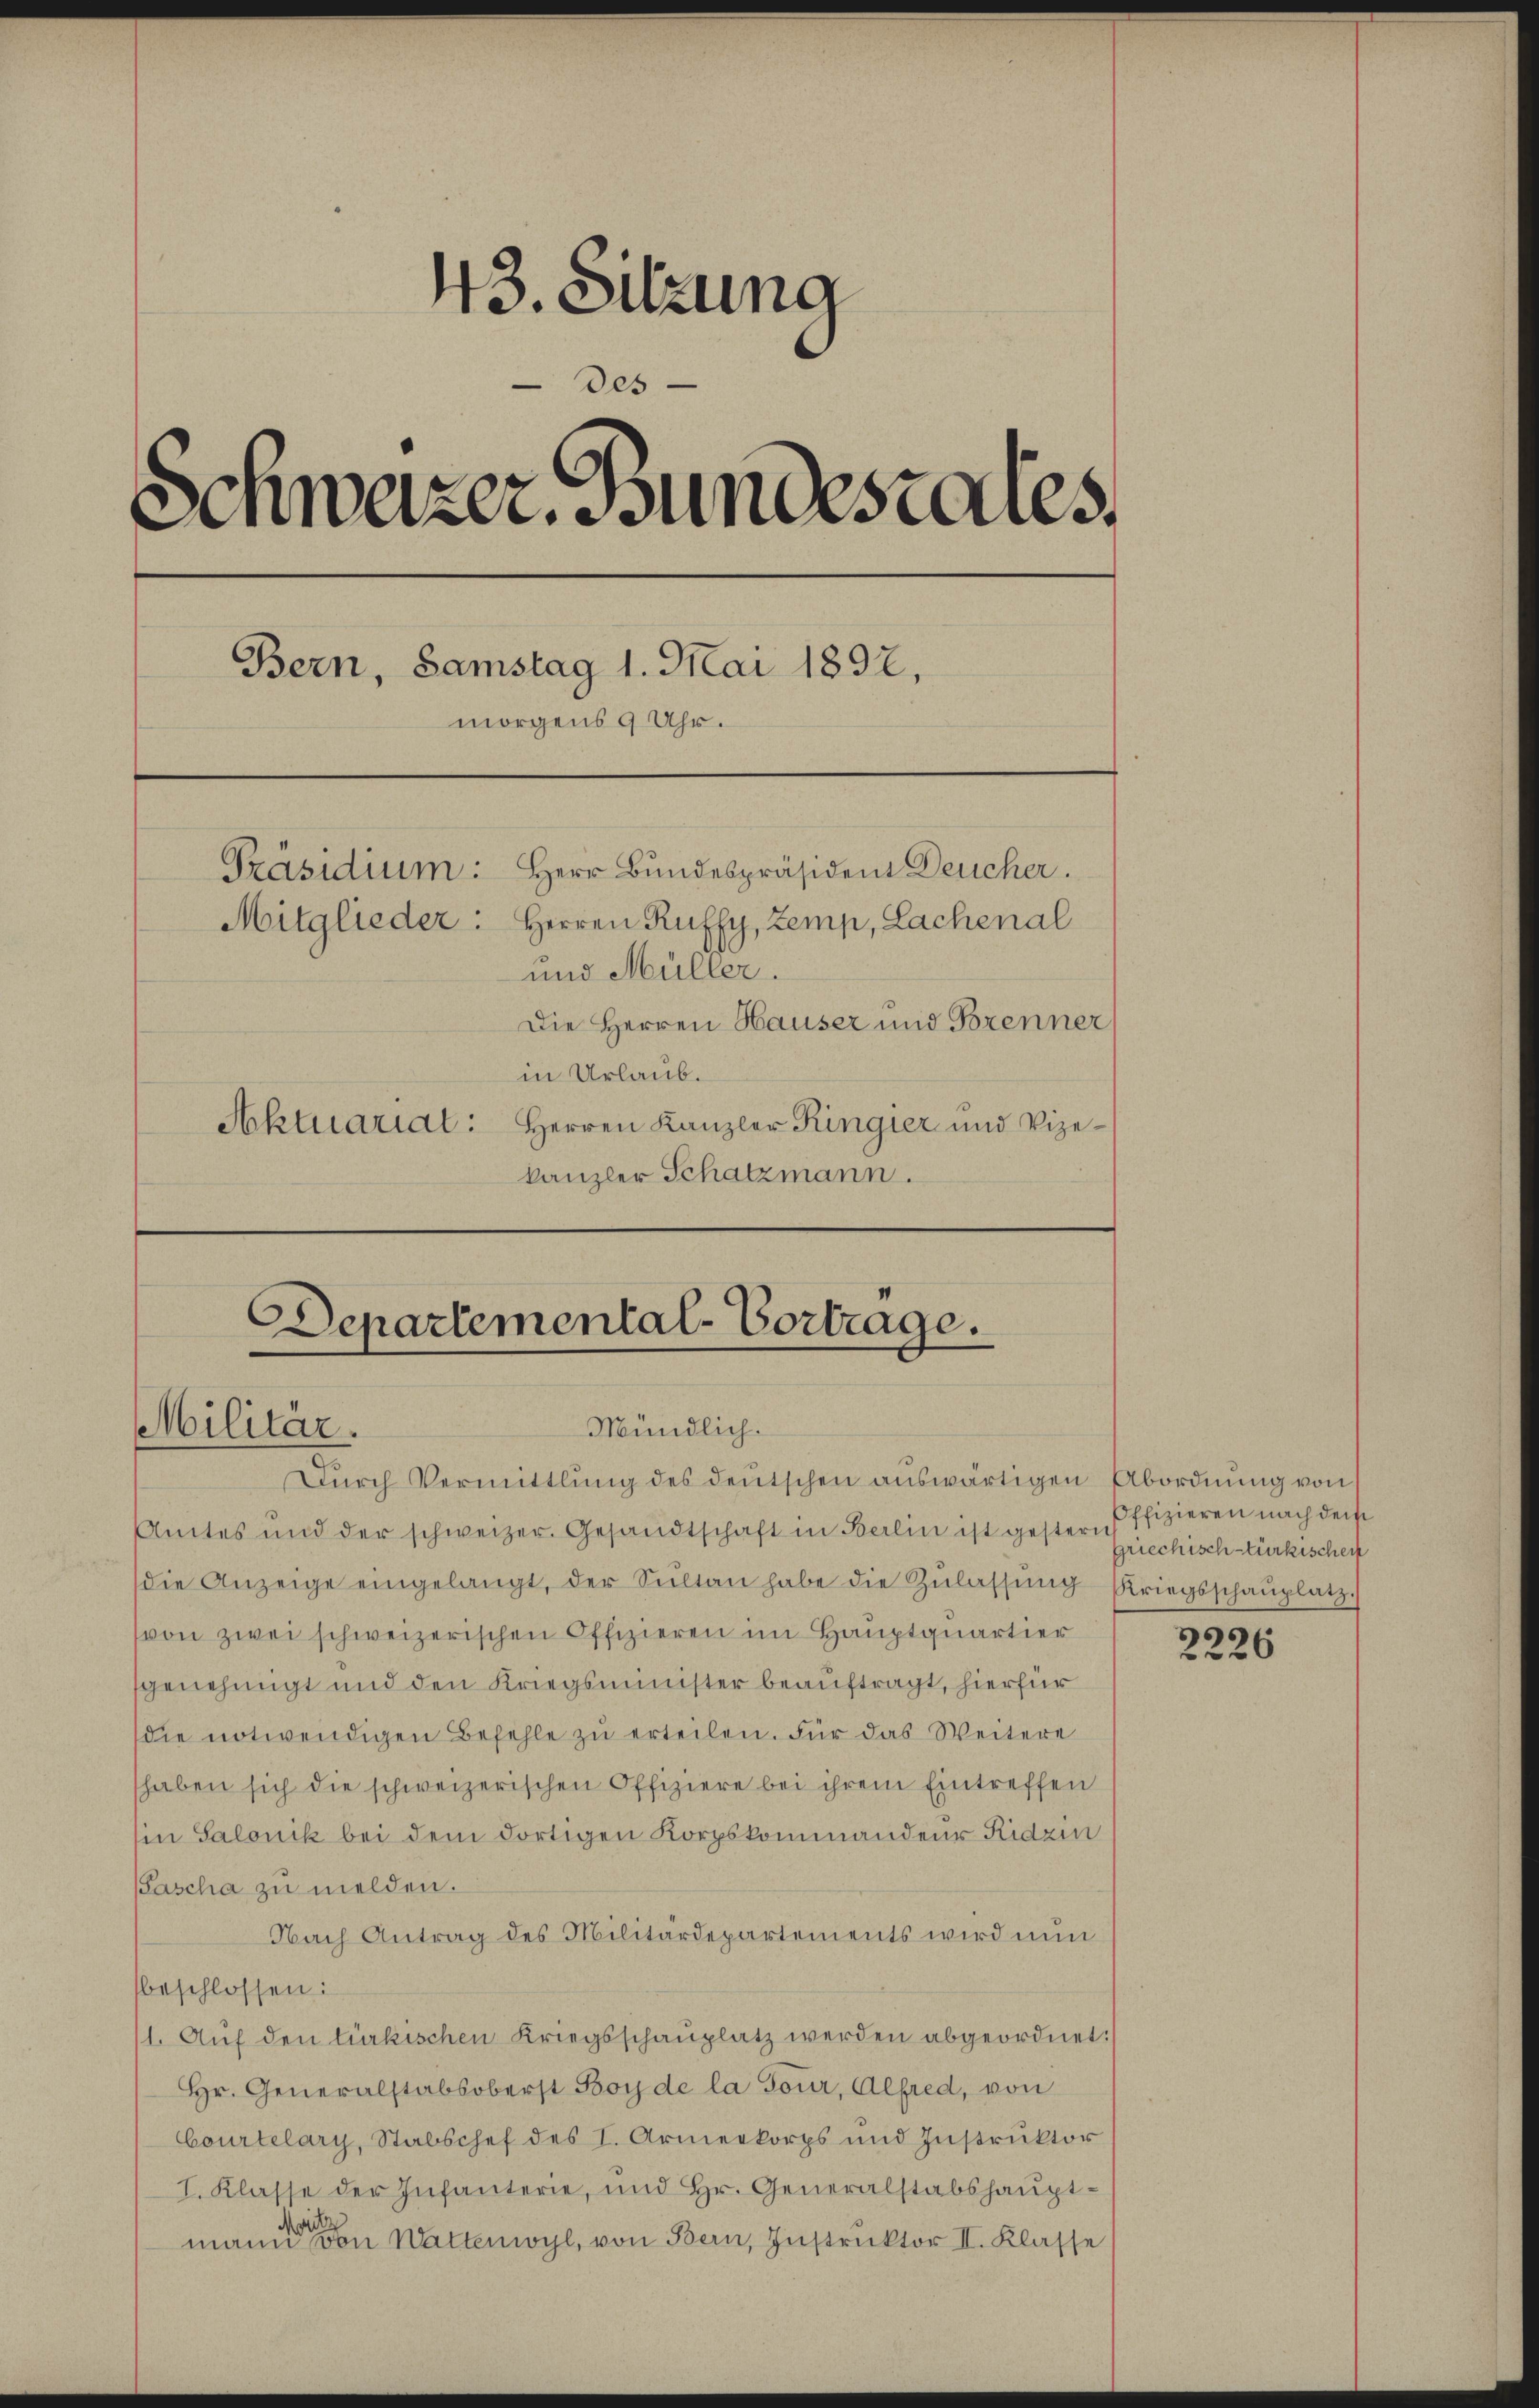
43. Sitzung
des
Schwazer Bundestates.
Bern, Samstag 1. Mai 1892,
morgens 9 Uhr.
Präsidium: Herr Bundespräsident Deucher.
Mitglieder: Herren Ruffy, Zemp, Lachenal
und Müller.
Die Herren Hauser und Torenner
in Urlaub.

Aktuariat: Herren Kanzler Ringier und Vize-
kanzler Schatzmann.

Departemental-Vortrage.
Mündlich.
Militär.
Dŭrch Vermittlung des deutschen auswärtigen Abordnung von

Amtes und der schweizer Gesandtschaft in Berlin ist gester Griechisch türkischeff
die Anzeige eingelangt, der Sŭltan habe die Zŭlassŭng Kriegsschaŭplatz,
von zwei schweizerischen Offizieren im Hauptquartier
genehmigt und den Kriegsminister beauftragt, hierfür
die notwendigen Befehle zu erteilen. Für das Weitere
haben sich die schweizerischen Offiziere bei ihrem Eintreffen
Ein Salonik bei dem dortigen Korpskommandeur Ridzin
Pascha zu melden.
Nach Antrag des Militärdepartements wird nun
beschlossen:
/1. Aŭf den türkischen Kriegsschaŭplatz werden abgeordnet:
Hr. Generalstabsoberst Boy de la Tour, Alfred, von
Courtelary, Stabschef des I. Armeekorps und Instruktor
I. Klasse der Infanterie, und Hr. Generalstabshauptmann einen Wattenwyl, von Bern, Instruktor II. Klasse

Offizieren nach dem

2226